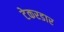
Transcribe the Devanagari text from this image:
टेकरडार